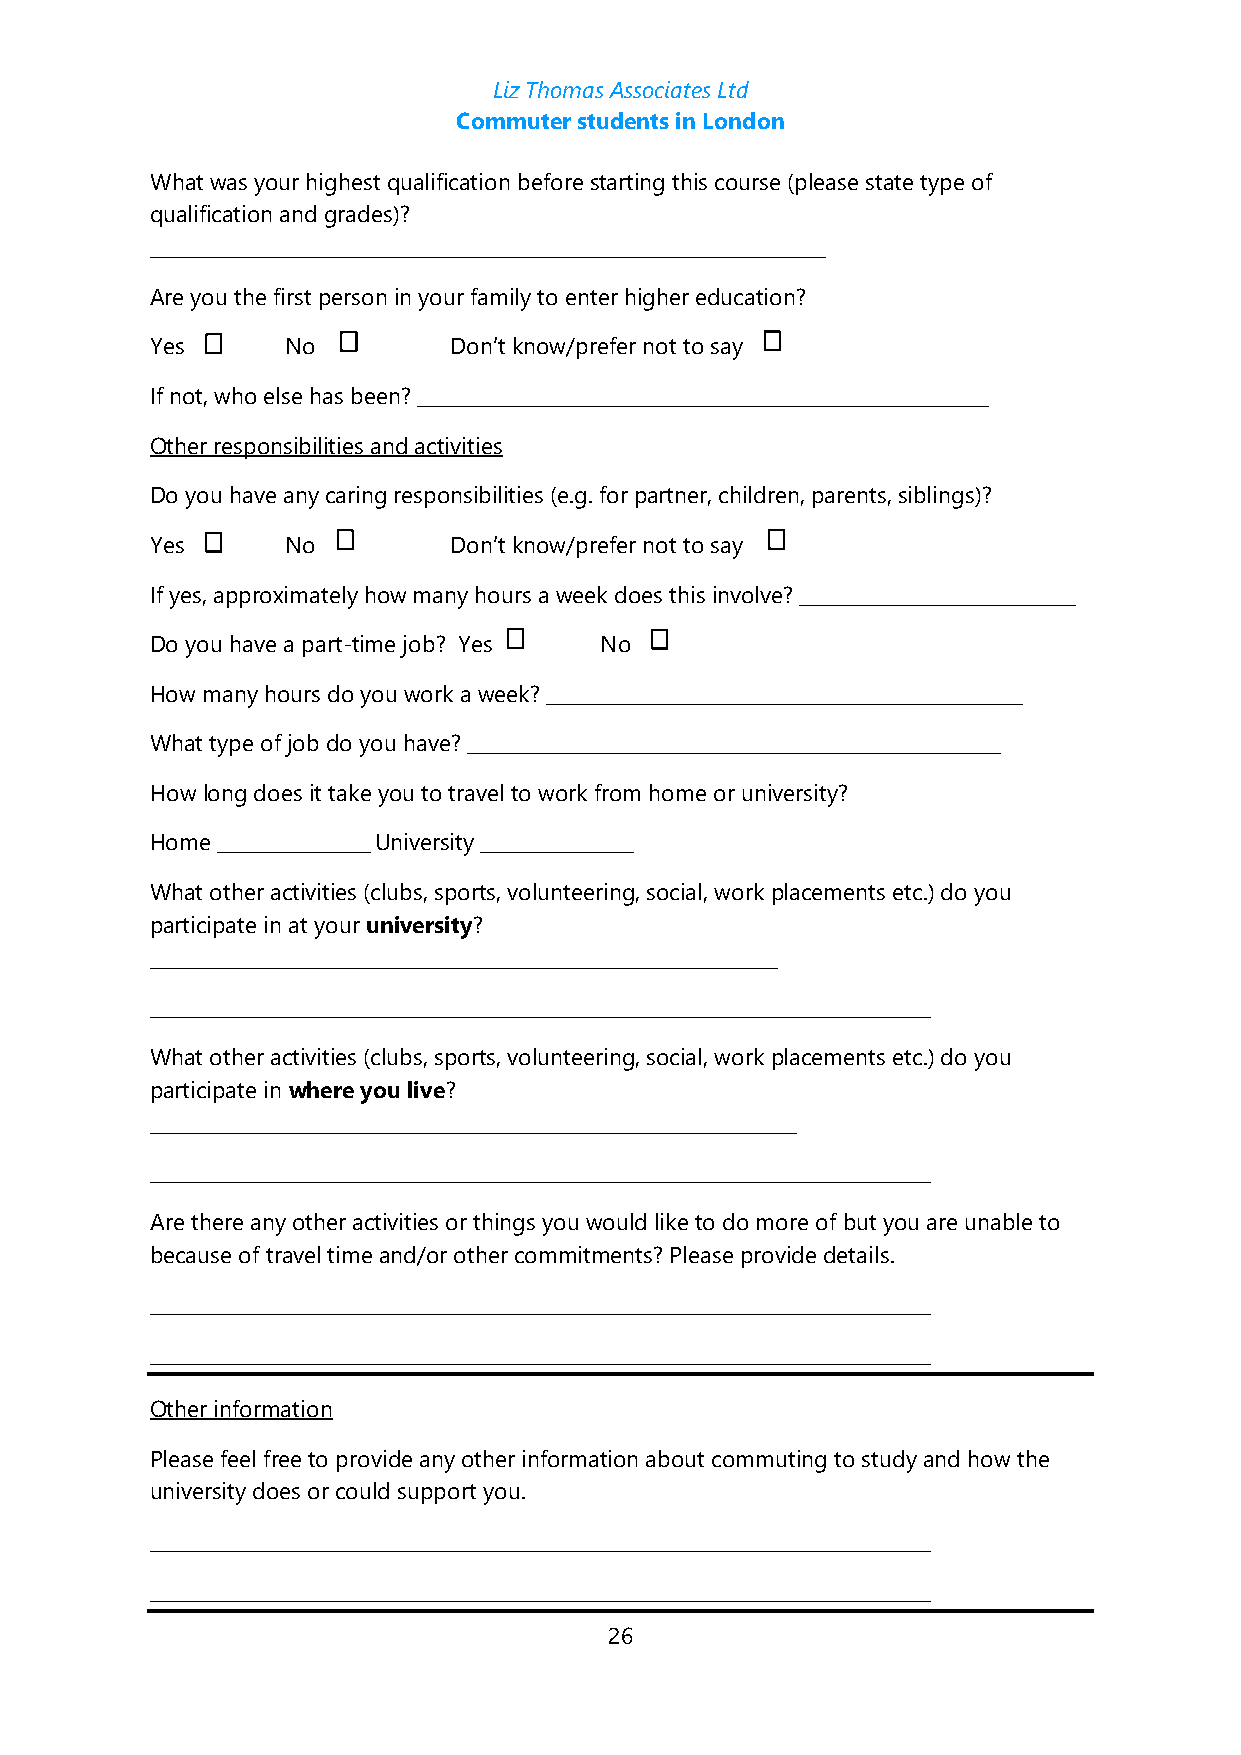
Liz Thomas Associates Ltd
 Commuter students in London
 What was your highest qualification before starting this course (please state type of
 qualification and grades)?
 _______________________________________________________________________
 Are you the first person in your family to enter higher education?
 Yes      No         Don’t know/prefer not to say
 If not, who else has been? ____________________________________________________________
 Other responsibilities and activities
 Do you have any caring responsibilities (e.g. for partner, children, parents, siblings)?
 Yes      No         Don’t know/prefer not to say
 If yes, approximately how many hours a week does this involve? _____________________________
 Do you have a part-time job? Yes No
 How many hours do you work a week? __________________________________________________
 What type of job do you have? ________________________________________________________
 How long does it take you to travel to work from home or university?
 Home ________________ University ________________
 What other activities (clubs, sports, volunteering, social, work placements etc.) do you
 participate in at your university?
 __________________________________________________________________
 __________________________________________________________________________________
 What other activities (clubs, sports, volunteering, social, work placements etc.) do you
 participate in where you live?
 ____________________________________________________________________
 __________________________________________________________________________________
 Are there any other activities or things you would like to do more of but you are unable to
 because of travel time and/or other commitments? Please provide details.
 __________________________________________________________________________________
 __________________________________________________________________________________
 Other information
 Please feel free to provide any other information about commuting to study and how the
 university does or could support you.
 __________________________________________________________________________________
 __________________________________________________________________________________
 26